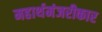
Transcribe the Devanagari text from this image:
महार्थमंजरीकार